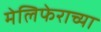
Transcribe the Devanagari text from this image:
मेलिफेराच्या